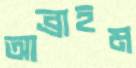
আব্রাহম